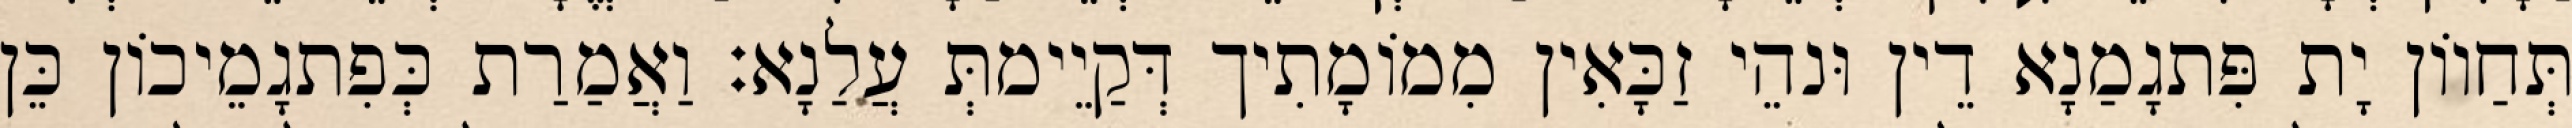
תְּחַווֹן יָת פִּתגָמַנָא דֵין וּנהֵי זַכָּאִין מִמוֹמָתִיך דְּקַיֵימתְּ עֲלַנָא׃ וַאֲמַרַת כְּפִתגָמֵיכוֹן כֵּן